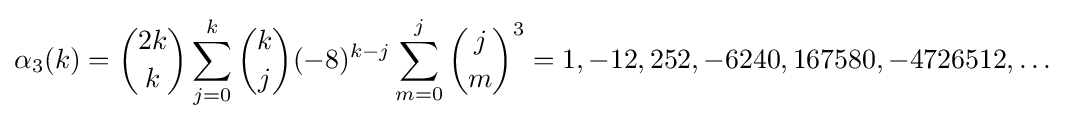
\alpha _{3}(k)={\binom {2k}{k}}\sum _{j=0}^{k}{\binom {k}{j}}(-8)^{k-j}\sum _{m=0}^{j}{\binom {j}{m}}^{3}=1,-12,252,-6240,167580,-4726512,\ldots